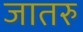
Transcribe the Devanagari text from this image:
जातरु